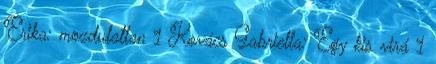
Erika: mozdulatlan 1 Kovács Gabriella: Egy kis virá 1